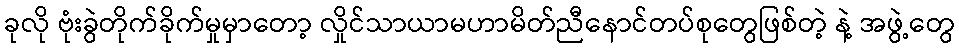
ခုလို ဗုံးခွဲတိုက်ခိုက်မှုမှာတော့ လှိုင်သာယာမဟာမိတ်ညီနောင်တပ်စုတွေဖြစ်တဲ့ နဲ့ အဖွဲ့တွေ